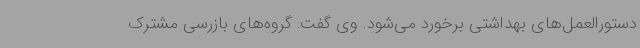
دستورالعمل‌های بهداشتی برخورد می‌شود. وی گفت: گروه‌های بازرسی مشترک